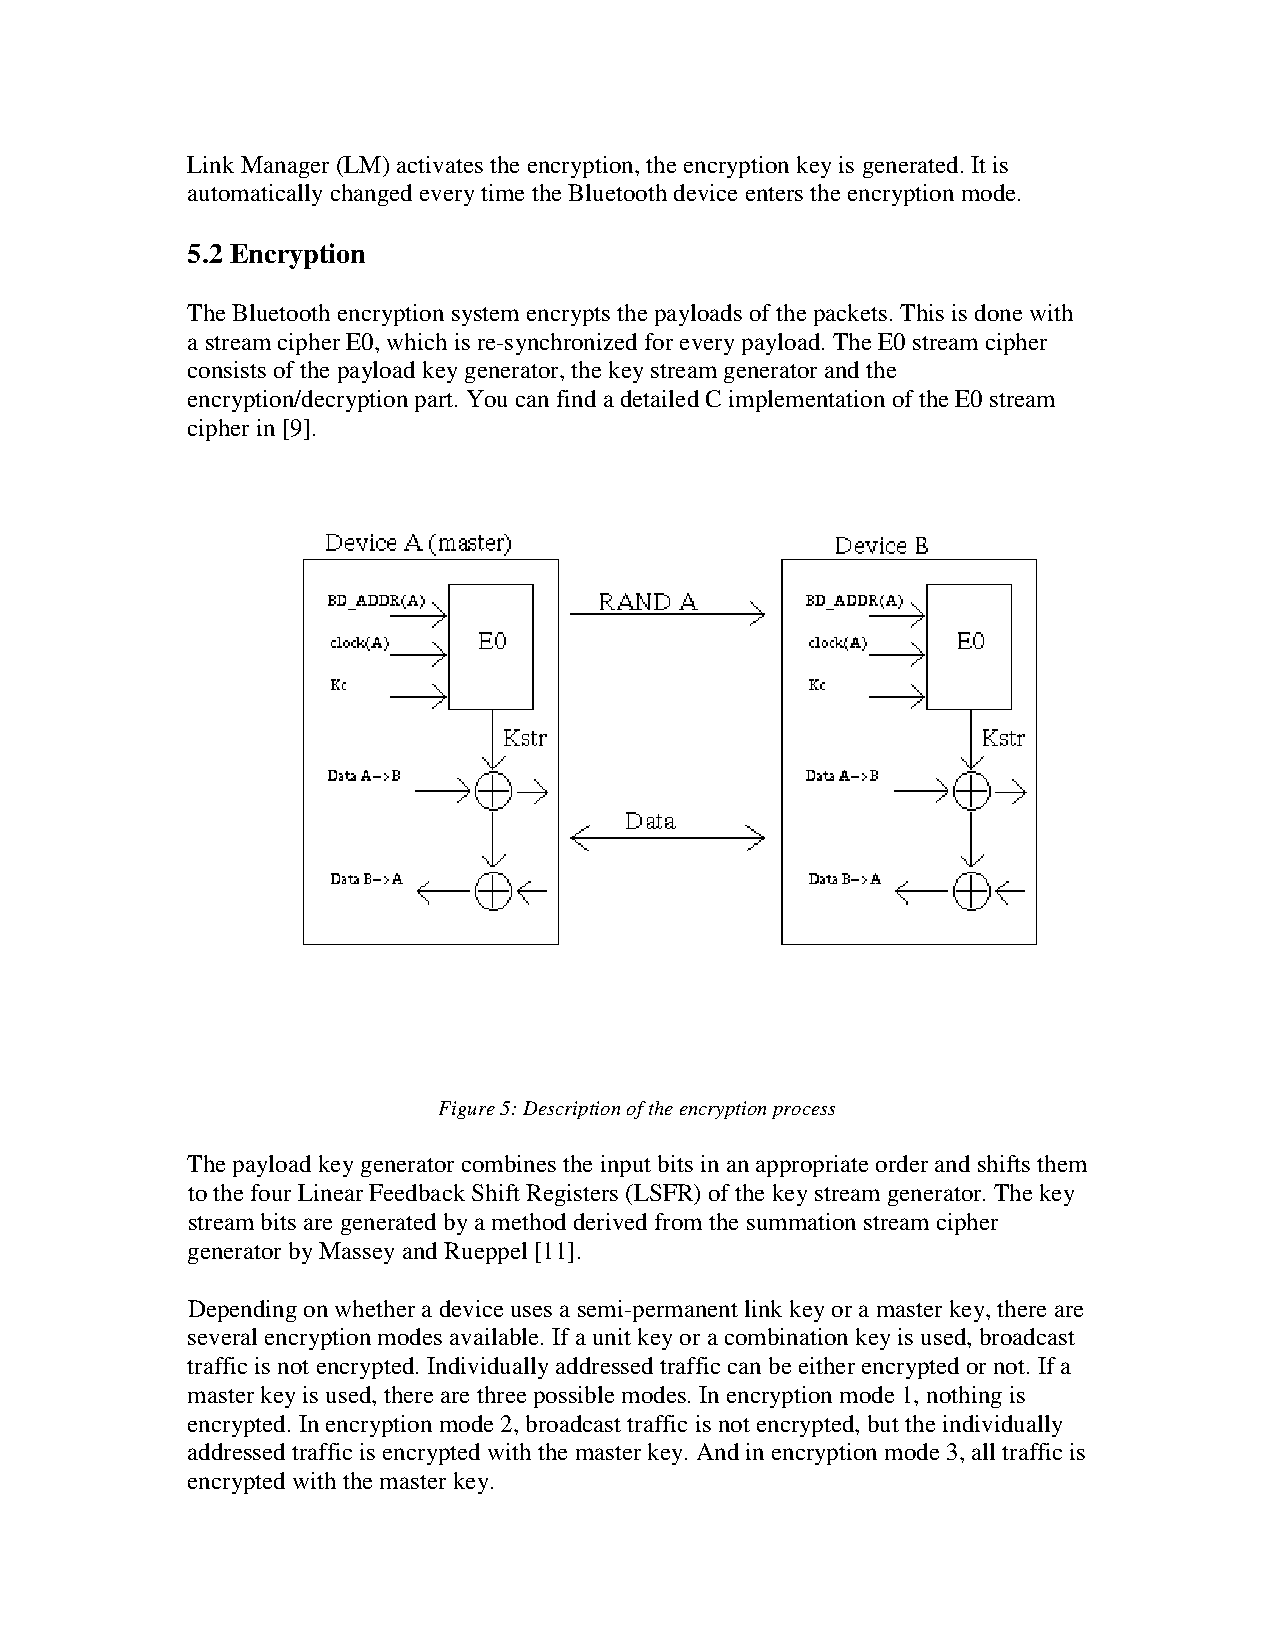
Link Manager (LM) activates the encryption, the encryption key is generated. It is
 automatically changed every time the Bluetooth device enters the encryption mode.
 5.2 Encryption
 The Bluetooth encryption system encrypts the payloads of the packets. This is done with
 a stream cipher E0, which is re-synchronized for every payload. The E0 stream cipher
 consists of the payload key generator, the key stream generator and the
 encryption/decryption part. You can find a detailed C implementation of the E0 stream
 cipher in [9].
 Figure 5: Description of the encryption process
 The payload key generator combines the input bits in an appropriate order and shifts them
 to the four Linear Feedback Shift Registers (LSFR) of the key stream generator. The key
 stream bits are generated by a method derived from the summation stream cipher
 generator by Massey and Rueppel [11].
 Depending on whether a device uses a semi-permanent link key or a master key, there are
 several encryption modes available. If a unit key or a combination key is used, broadcast
 traffic is not encrypted. Individually addressed traffic can be either encrypted or not. If a
 master key is used, there are three possible modes. In encryption mode 1, nothing is
 encrypted. In encryption mode 2, broadcast traffic is not encrypted, but the individually
 addressed traffic is encrypted with the master key. And in encryption mode 3, all traffic is
 encrypted with the master key.